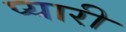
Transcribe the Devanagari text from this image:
प्‍यारी